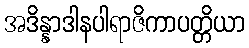
အဒိန္နာဒါနပါရာဇိကာပတ္တိယာ